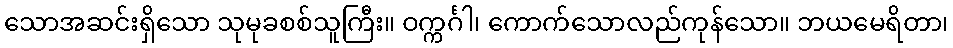
သောအဆင်းရှိသော သုမုခစစ်သူကြီး။ ဝက္ကင်္ဂါ၊ ကောက်သောလည်ကုန်သော။ ဘယမေရိတာ၊